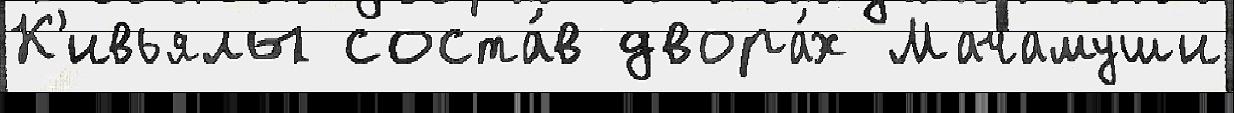
К'ивьялы соста́в двора́х Мачамуши